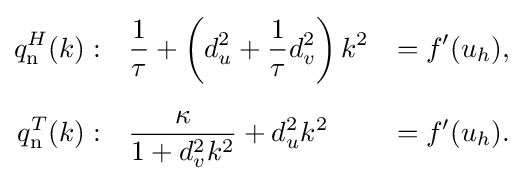
{\begin{aligned}q_{\text{n}}^{H}(k):&{}\quad {\frac {1}{\tau }}+\left(d_{u}^{2}+{\frac {1}{\tau }}d_{v}^{2}\right)k^{2}&=f^{\prime }(u_{h}),\\[6pt]q_{\text{n}}^{T}(k):&{}\quad {\frac {\kappa }{1+d_{v}^{2}k^{2}}}+d_{u}^{2}k^{2}&=f^{\prime }(u_{h}).\end{aligned}}